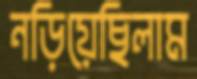
নড়িয়েছিলাম